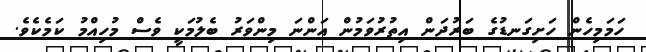
ހަމަމިހެން ހަށިގަނޑުގެ ބަރުދަން އިތުރުވަމުން އަންނަ މިންވަރު ބެލުމަކީ ވެސް މުހިއްމު ކަމެކެވެ.